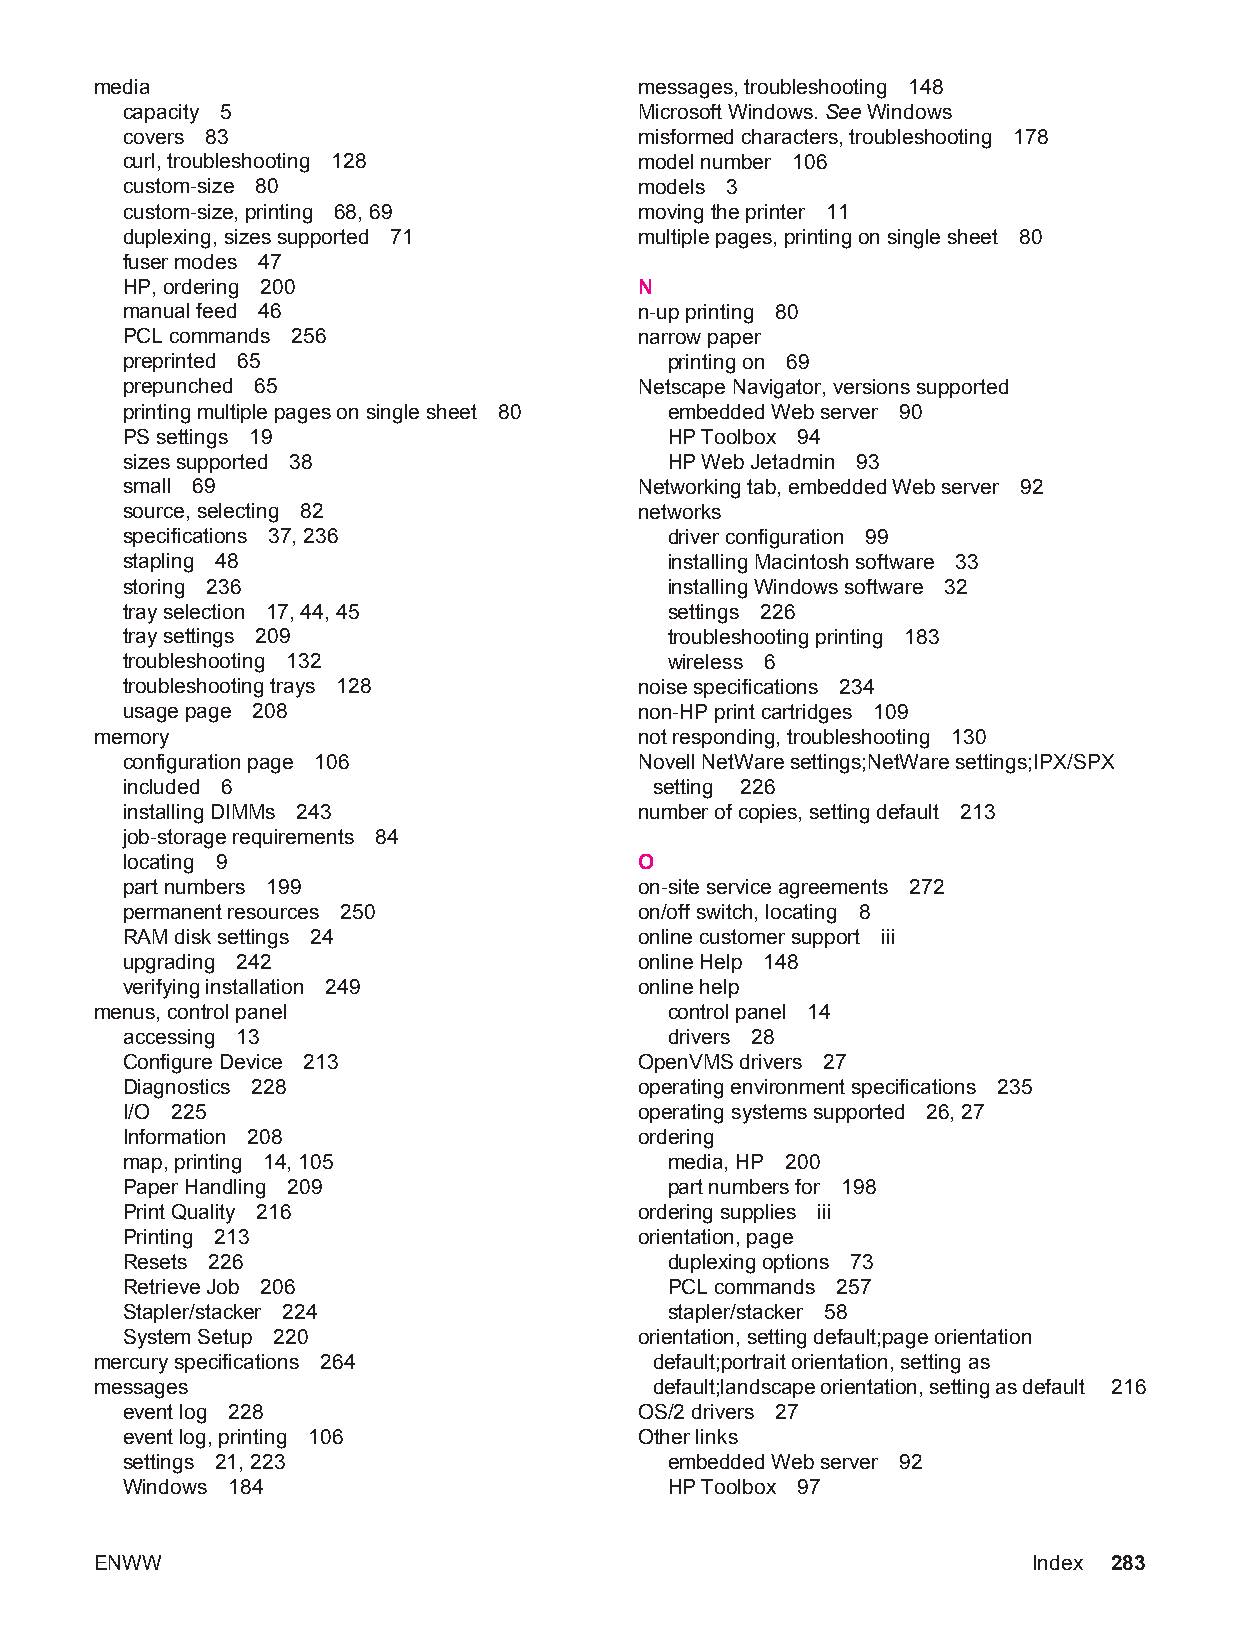
media                               messages, troubleshooting 148
 capacity 5                        Microsoft Windows. See Windows
 covers 83                         misformed characters, troubleshooting 178
 curl, troubleshooting 128         model number 106
 custom-size 80                    models 3
 custom-size, printing 68, 69      moving the printer 11
 duplexing, sizes supported 71     multiple pages, printing on single sheet 80
 fuser modes 47
 HP, ordering 200                  N
 manual feed 46                    n-up printing 80
 PCL commands 256                  narrow paper
 preprinted 65                       printing on 69
 prepunched 65                     Netscape Navigator, versions supported
 printing multiple pages on single sheet 80 embedded Web server 90
 PS settings 19                      HP Toolbox 94
 sizes supported 38                  HP Web Jetadmin 93
 small 69                          Networking tab, embedded Web server 92
 source, selecting 82              networks
 specifications 37, 236              driver configuration 99
 stapling 48                         installing Macintosh software 33
 storing 236                         installing Windows software 32
 tray selection 17, 44, 45           settings 226
 tray settings 209                   troubleshooting printing 183
 troubleshooting 132                 wireless 6
 troubleshooting trays 128         noise specifications 234
 usage page 208                    non-HP print cartridges 109
 memory                              not responding, troubleshooting 130
 configuration page 106            Novell NetWare settings;NetWare settings;IPX/SPX
 included 6                         setting 226
 installing DIMMs 243              number of copies, setting default 213
 job-storage requirements 84
 locating 9                        O
 part numbers 199                  on-site service agreements 272
 permanent resources 250           on/off switch, locating 8
 RAM disk settings 24              online customer support iii
 upgrading 242                     online Help 148
 verifying installation 249        online help
 menus, control panel                  control panel 14
 accessing 13                        drivers 28
 Configure Device 213              OpenVMS drivers 27
 Diagnostics 228                   operating environment specifications 235
 I/O 225                           operating systems supported 26, 27
 Information 208                   ordering
 map, printing 14, 105               media, HP 200
 Paper Handling 209                  part numbers for 198
 Print Quality 216                 ordering supplies iii
 Printing 213                      orientation, page
 Resets 226                          duplexing options 73
 Retrieve Job 206                    PCL commands 257
 Stapler/stacker 224                 stapler/stacker 58
 System Setup 220                  orientation, setting default;page orientation
 mercury specifications 264           default;portrait orientation, setting as
 messages                             default;landscape orientation, setting as default 216
 event log 228                     OS/2 drivers 27
 event log, printing 106           Other links
 settings 21, 223                    embedded Web server 92
 Windows 184                         HP Toolbox 97
 ENWW                                                          Index 283